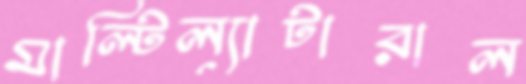
মাল্টিল্যাটারাল